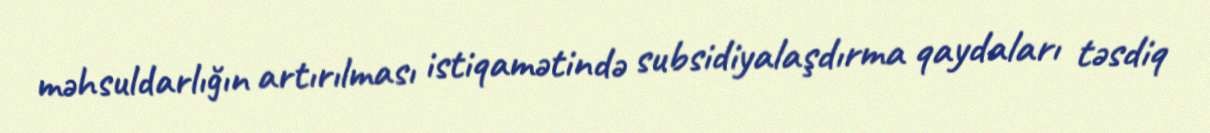
məhsuldarlığın artırılması istiqamətində subsidiyalaşdırma qaydaları təsdiq